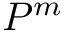
P ^ { m }